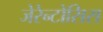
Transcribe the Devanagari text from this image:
जेरेन्टोसिस